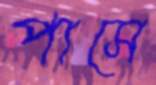
পাসে